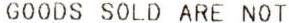
GOODS SOLD ARE NOT